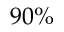
9 0 \%